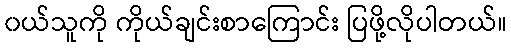
၀ယ်သူကို ကိုယ်ချင်းစာကြောင်း ပြဖို့လိုပါတယ်။